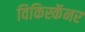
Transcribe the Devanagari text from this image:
विकिस्कॅनर